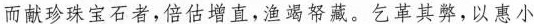
而献珍珠宝石者，倍估增直，渔竭帑藏。乞革其弊，以惠小